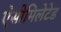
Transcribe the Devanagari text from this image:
ऐसीमिलेटेड